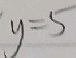
y = 5